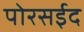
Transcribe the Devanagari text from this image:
पोरसईद